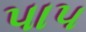
પા૫